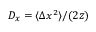
D _ { x } = \langle \Delta x ^ { 2 } \rangle / ( 2 z )